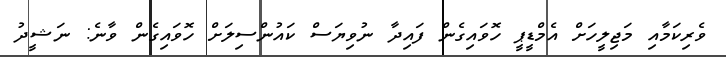
ވެރިކަމާއި މަޖިލީހަށް އެމްޑީޕީ ހޮވައިގެން ފައިދާ ނުވިޔަސް ކައުންސިލަށް ހޮވައިގެން ވާނެ: ނަޝީދު